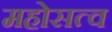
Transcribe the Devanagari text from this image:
महोसत्व